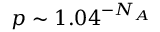
p \sim 1 . 0 4 ^ { - N _ { A } }